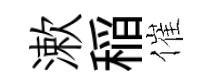
漱稲催